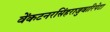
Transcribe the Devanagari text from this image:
वेंकटनरसिंहराजुवारिपेटा